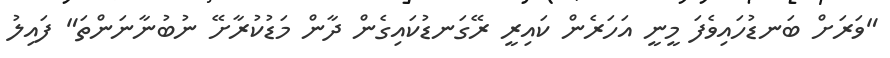
"ވަރަށް ބަނޑުހައިވެފަ މީނީ އަހަރެން ކައިރީ ރޭގަނޑުކައިގެން ދާން މަޑުކުރާށޭ ނުބުނާނަންތަ" ފައިލު